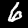
Digit: 6